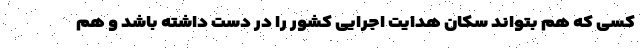
کسی که هم بتواند سکان هدایت اجرایی کشور را در دست داشته باشد و هم